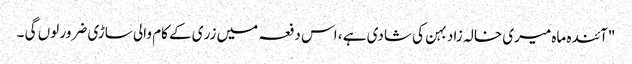
"آئندہ ماہ میری خالہ زاد بہن کی شادی ہے ، اس دفعہ میں زری کے کام والی ساڑی ضرور لوں گی ۔